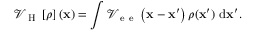
{ \mathcal { V } } _ { \mathrm { ~ H ~ } } \left[ \rho \right] \left( { \bf x } \right) = \int { \mathcal { V } _ { \mathrm { ~ e ~ e ~ } } \left( { \bf x } - { \bf x } ^ { \prime } \right) \rho ( { \bf x } ^ { \prime } ) \ \mathrm { d } { \bf x } ^ { \prime } } .